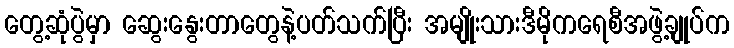
တွေ့ဆုံပွဲမှာ ဆွေးနွေးတာတွေနဲ့ပတ်သက်ပြီး အမျိုးသားဒီမိုကရေစီအဖွဲ့ချုပ်က